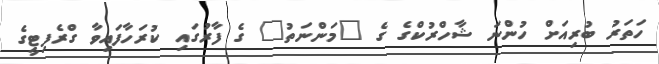
ހަތަރު ބުރިއަށް ހުންނަ ޝާހްރުކްގެ ގެ "މަންނަތު" ގެ ފާރުގައި ކުރަހާފައިވާ ގްރެފިޓީގެ